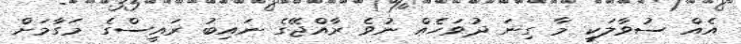
އެއް ސުވާލަކީ މާ ގިނަ ދުވަހެއް ނުވެ ރާއްޖޭގެ ނައިބު ރައީސްގެ މަގާމަށް